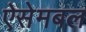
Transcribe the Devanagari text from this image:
ऐसेमबल